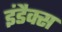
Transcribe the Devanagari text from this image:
इंडैक्स